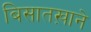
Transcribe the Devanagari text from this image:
बिसातख़ाने